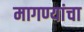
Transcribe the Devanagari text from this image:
मागण्यांचा